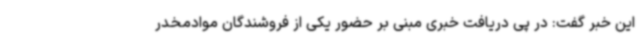
این خبر گفت: در پی دریافت خبری مبنی بر حضور یکی از فروشندگان موادمخدر